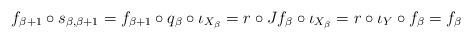
LaTeX: \begin{align*}f_{\beta+1} \circ s_{\beta, \beta+1} = f_{\beta+1} \circ q_\beta \circ \iota_{X_\beta} = r \circ J f_\beta \circ \iota_{X_\beta} = r \circ \iota_Y \circ f_\beta = f_\beta\end{align*}